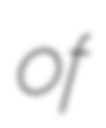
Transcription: of